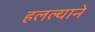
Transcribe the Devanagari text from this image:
हलल्याने